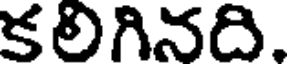
కలిగినది.